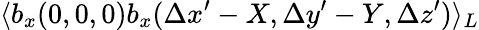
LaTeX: \langle b_{x}(0,0,0)b_{x}(\Delta x^{\prime}-X,\Delta y^{\prime}-Y,\Delta z^{\prime})\rangle_{L}